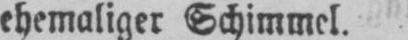
ehemaliger Schimmel.